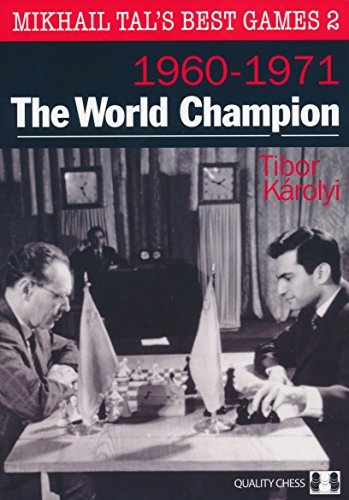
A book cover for The World Champion: Mikhail Tal's Best Games 2; Tibor Karolyi; Humor & Entertainment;